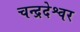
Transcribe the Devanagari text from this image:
चन्द्रदेश्वर